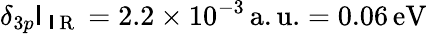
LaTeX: \delta_{3p}\mathsf{I}_{\mathrm{{~\mathsf{I}~R~}}}=2.2\times10^{-3}\, \mathrm{{{a.u.}=0.06\, \mathrm{{{eV}}}}}